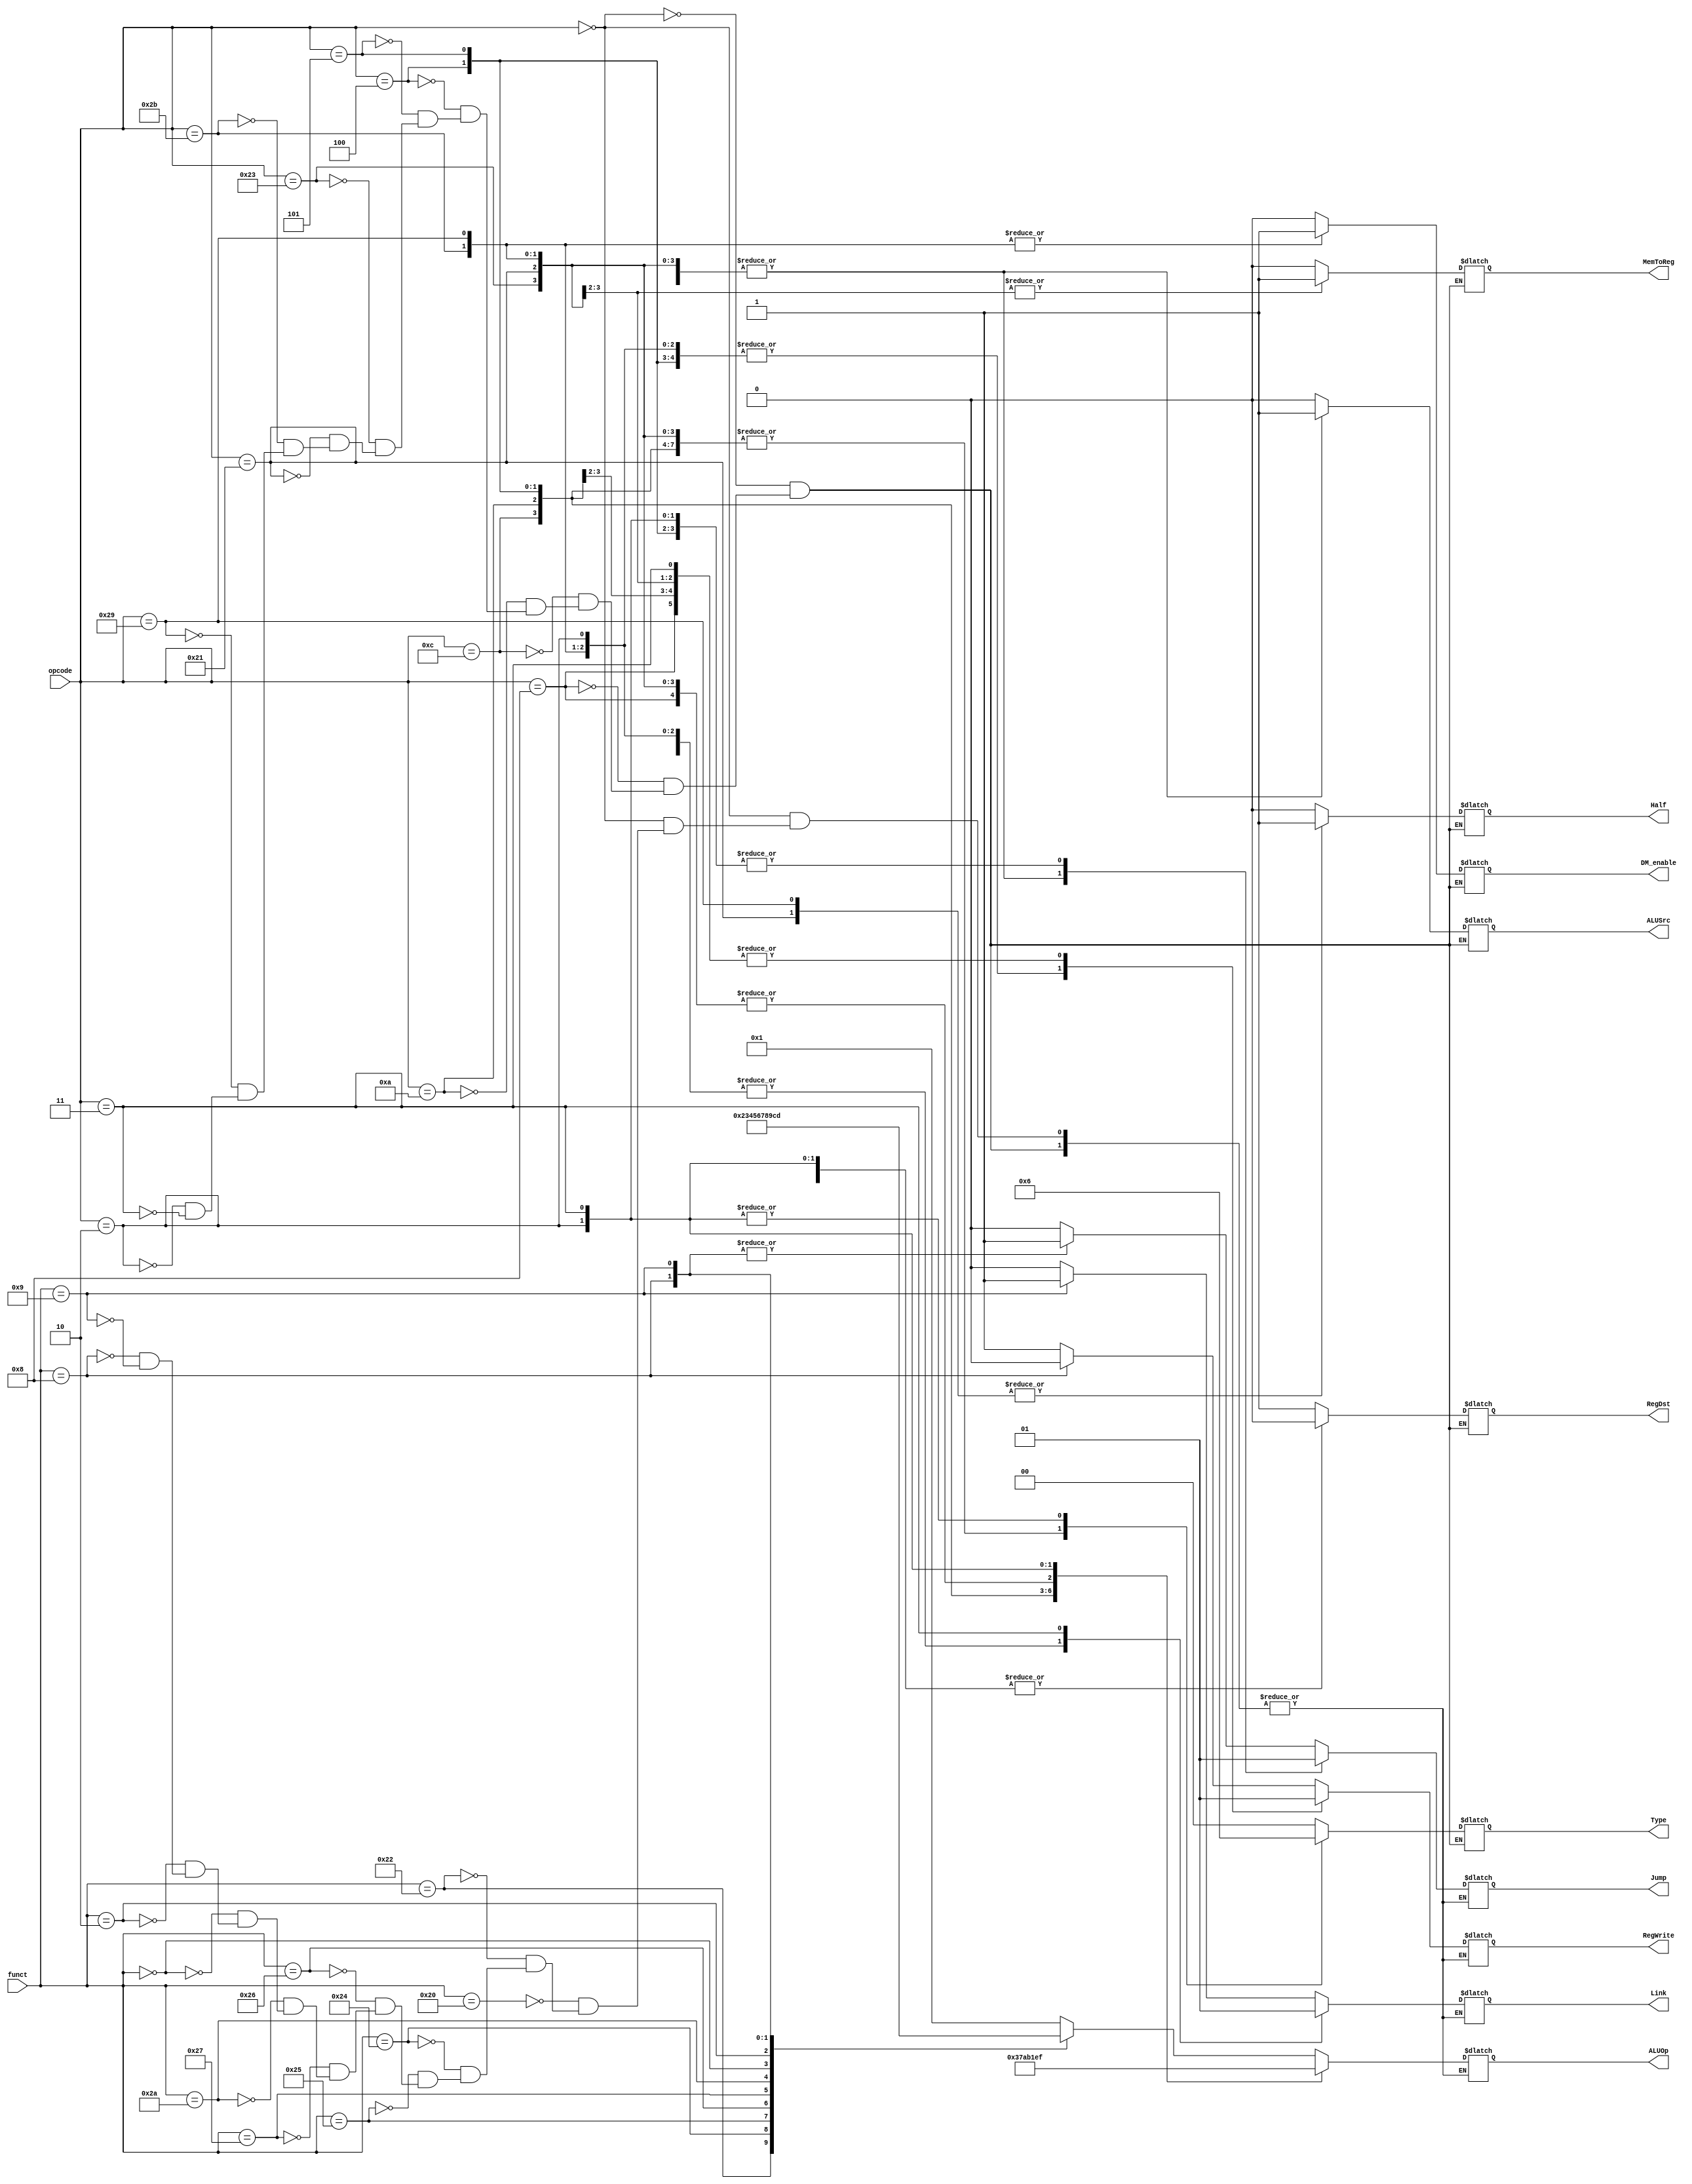
// Controller

module Controller (	opcode,
			funct,
			// write your code in here
			ALUOp,
			ALUSrc,
			RegDst,
			RegWrite,
			Jump,
			Link,
			DM_enable,
			Half,
			MemToReg,
			Type
	);

	input  [5:0] opcode;
	input  [5:0] funct;

	// write your code in here
	output reg[3:0] ALUOp;
	output reg ALUSrc, RegDst, RegWrite, Jump, Link, DM_enable, Half, MemToReg;
	output reg [1:0] Type;
	parameter NOP=4'h0, ADD=4'h1, SUB=4'h2, AND=4'h3, OR=4'h4, XOR=4'h5, NOR=4'h6, SLT=4'h7, SLL=4'h8, SRL=4'h9, BEQ=4'hA, BNE=4'hB, JR=4'hC, JALR=4'hD, J=4'hE, JAL=4'hF;
	parameter TR=2'b00, TI=2'b01, TJ=2'b10;
	
	always@(opcode or funct) begin
		case(opcode)
		/*****R TYPE*****/
		6'b000000: begin		
			Type=TR; ALUSrc=0; RegDst=1; DM_enable=0; Half=0; MemToReg=0;
			case(funct)
			6'b100000: begin ALUOp=ADD;  RegWrite=1; Jump=0; Link=0; end 
			6'b100010: begin ALUOp=SUB;  RegWrite=1; Jump=0; Link=0; end 
			6'b100100: begin ALUOp=AND;  RegWrite=1; Jump=0; Link=0; end 
			6'b100101: begin ALUOp=OR;   RegWrite=1; Jump=0; Link=0; end 
			6'b100110: begin ALUOp=XOR;  RegWrite=1; Jump=0; Link=0; end 
			6'b100111: begin ALUOp=NOR;  RegWrite=1; Jump=0; Link=0; end 
			6'b101010: begin ALUOp=SLT;  RegWrite=1; Jump=0; Link=0; end 
			6'b000000: begin ALUOp=SLL;  RegWrite=1; Jump=0; Link=0; end 
			6'b000010: begin ALUOp=SRL;  RegWrite=1; Jump=0; Link=0; end 
			6'b001000: begin ALUOp=JR;   RegWrite=0; Jump=1; Link=0; end 
			6'b001001: begin ALUOp=JALR; RegWrite=1; Jump=1; Link=1; end
			endcase
		end
		/*****I TYPE*****/
		6'b001000: begin Type=TI; ALUOp=ADD;  ALUSrc=1; RegDst=0; RegWrite=1; Jump=0; Link=0; DM_enable=0; Half=0; MemToReg=0; end 
		6'b001100: begin Type=TI; ALUOp=AND;  ALUSrc=1; RegDst=0; RegWrite=1; Jump=0; Link=0; DM_enable=0; Half=0; MemToReg=0; end 
		6'b001010: begin Type=TI; ALUOp=SLT;  ALUSrc=1; RegDst=0; RegWrite=1; Jump=0; Link=0; DM_enable=0; Half=0; MemToReg=0; end 
		6'b000100: begin Type=TI; ALUOp=BEQ;  ALUSrc=0; RegDst=0; RegWrite=0; Jump=1; Link=0; DM_enable=0; Half=0; MemToReg=0; end 
		6'b000101: begin Type=TI; ALUOp=BNE;  ALUSrc=0; RegDst=0; RegWrite=0; Jump=1; Link=0; DM_enable=0; Half=0; MemToReg=0; end 
		6'b100011: begin Type=TI; ALUOp=ADD;  ALUSrc=1; RegDst=0; RegWrite=1; Jump=0; Link=0; DM_enable=0; Half=0; MemToReg=1; end 
		6'b100001: begin Type=TI; ALUOp=ADD;  ALUSrc=1; RegDst=0; RegWrite=1; Jump=0; Link=0; DM_enable=0; Half=1; MemToReg=1; end 
		6'b101011: begin Type=TI; ALUOp=ADD;  ALUSrc=1; RegDst=0; RegWrite=0; Jump=0; Link=0; DM_enable=1; Half=0; MemToReg=0; end 
		6'b101001: begin Type=TI; ALUOp=ADD;  ALUSrc=1; RegDst=0; RegWrite=0; Jump=0; Link=0; DM_enable=1; Half=1; MemToReg=0; end 
		/*****J TYPE*****/
		6'b000010: begin Type=TJ; ALUOp=J;    ALUSrc=0; RegDst=0; RegWrite=0; Jump=1; Link=0; DM_enable=0; Half=0; MemToReg=0; end 
		6'b000011: begin Type=TJ; ALUOp=JAL;  ALUSrc=0; RegDst=0; RegWrite=1; Jump=1; Link=1; DM_enable=0; Half=0; MemToReg=0; end
		endcase
	end
endmodule